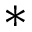
^ *